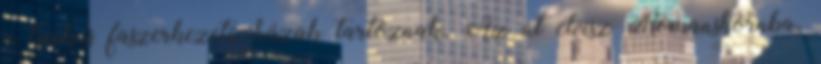
a tipikus faszerkezetű házak tartoznak. Az út elvisz Romanshornba,